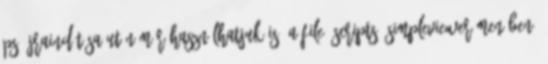
PS újraindítása után már használhatjuk is. A File Scripts SimpleViewer menüben.